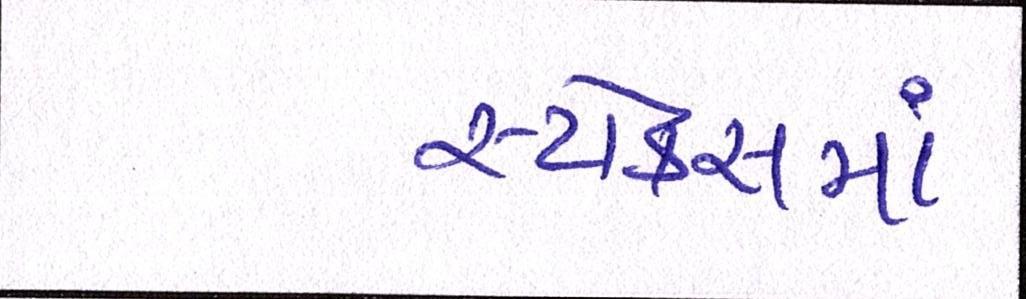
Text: સ્ટોક્સમાં